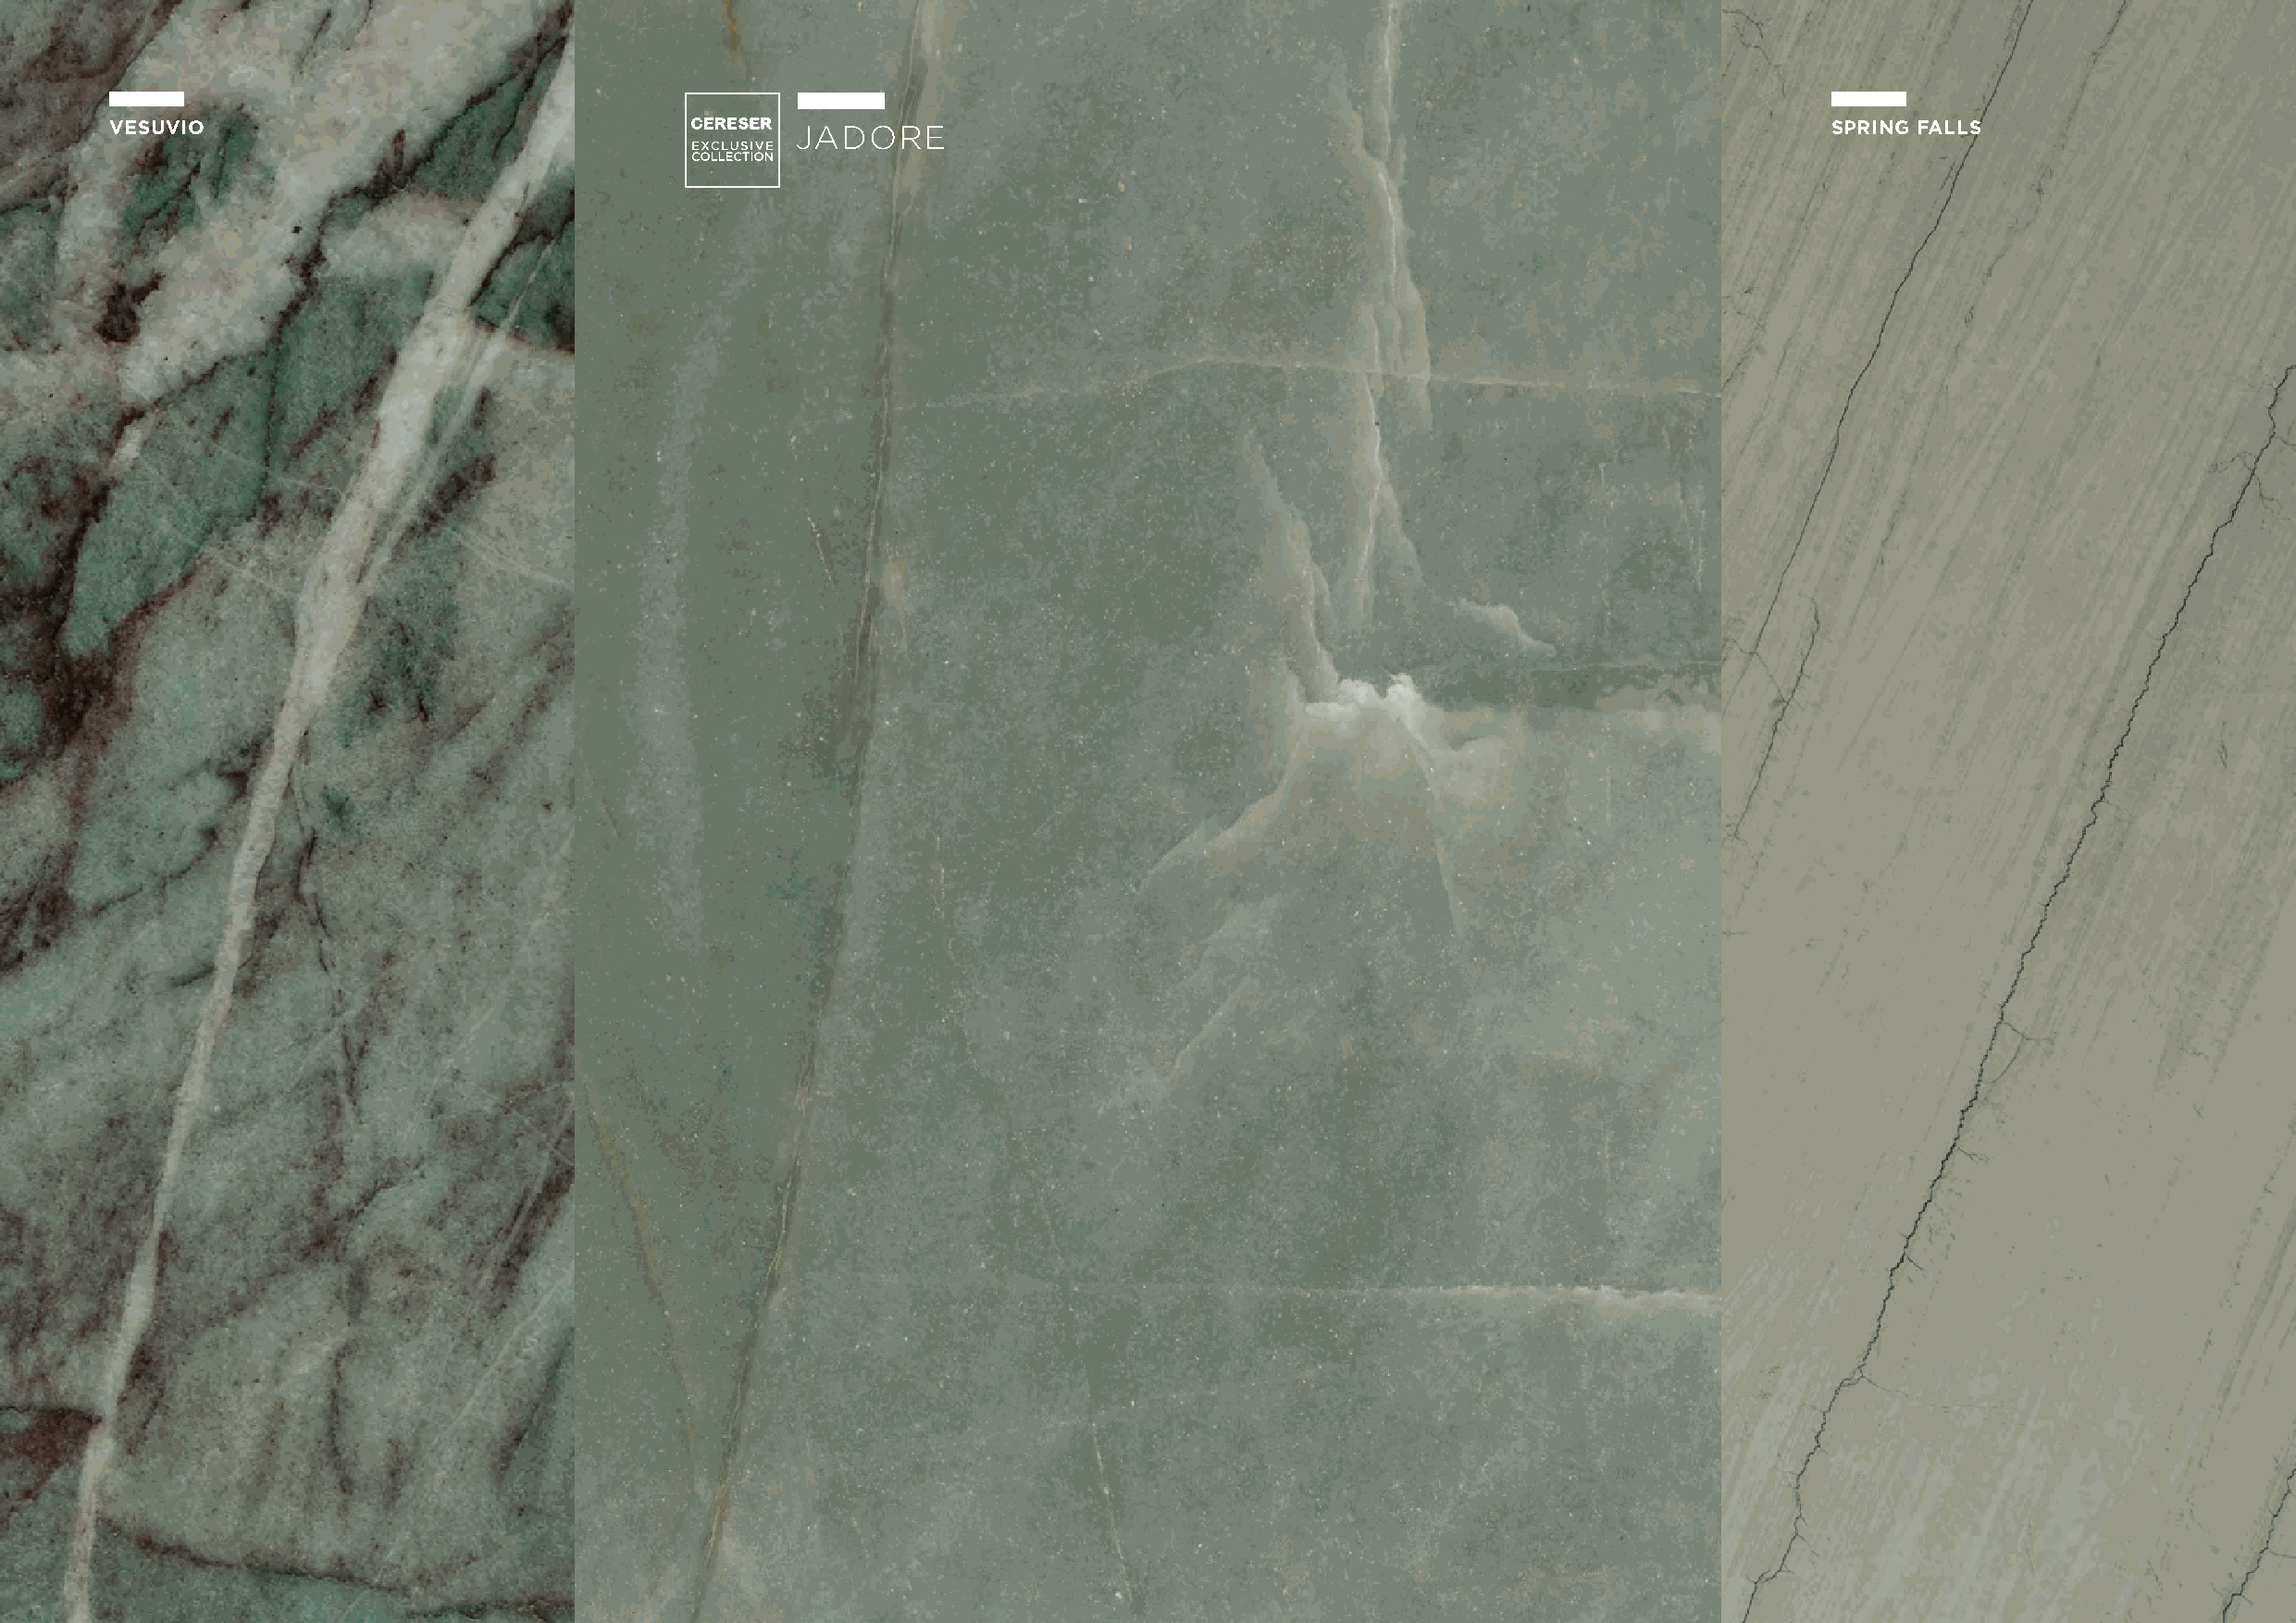
VESUVIO                                          JADORE                                                                    SPRING FALLS